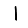
Digit: 1